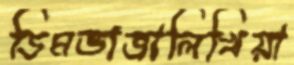
ডিমভাজালিখিয়া